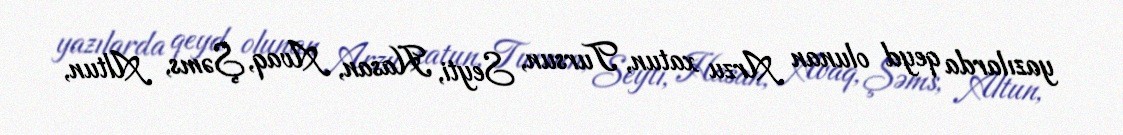
yazılarda qeyd olunan Arzu xatun, Tursun, Seyti, Hasan, Avaq, Şəms, Altun,